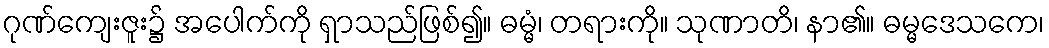
ဂုဏ်ကျေးဇူး၌ အပေါက်ကို ရှာသည်ဖြစ်၍။ ဓမ္မံ၊ တရားကို။ သုဏာတိ၊ နာ၏။ ဓမ္မဒေသကေ၊